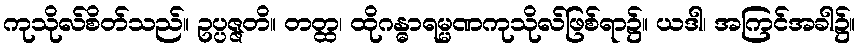
ကုသိုလ်စိတ်သည်။ ဥပ္ပဇ္ဇတိ။ တတ္ထ၊ ထိုဂန္ဓာရမ္မဏကုသိုလ်ဖြစ်ရာ၌။ ယဒါ၊ အကြင်အခါ၌။